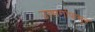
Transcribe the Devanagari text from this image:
उत्सर्गापासून